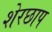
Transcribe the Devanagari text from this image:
शेरछाप